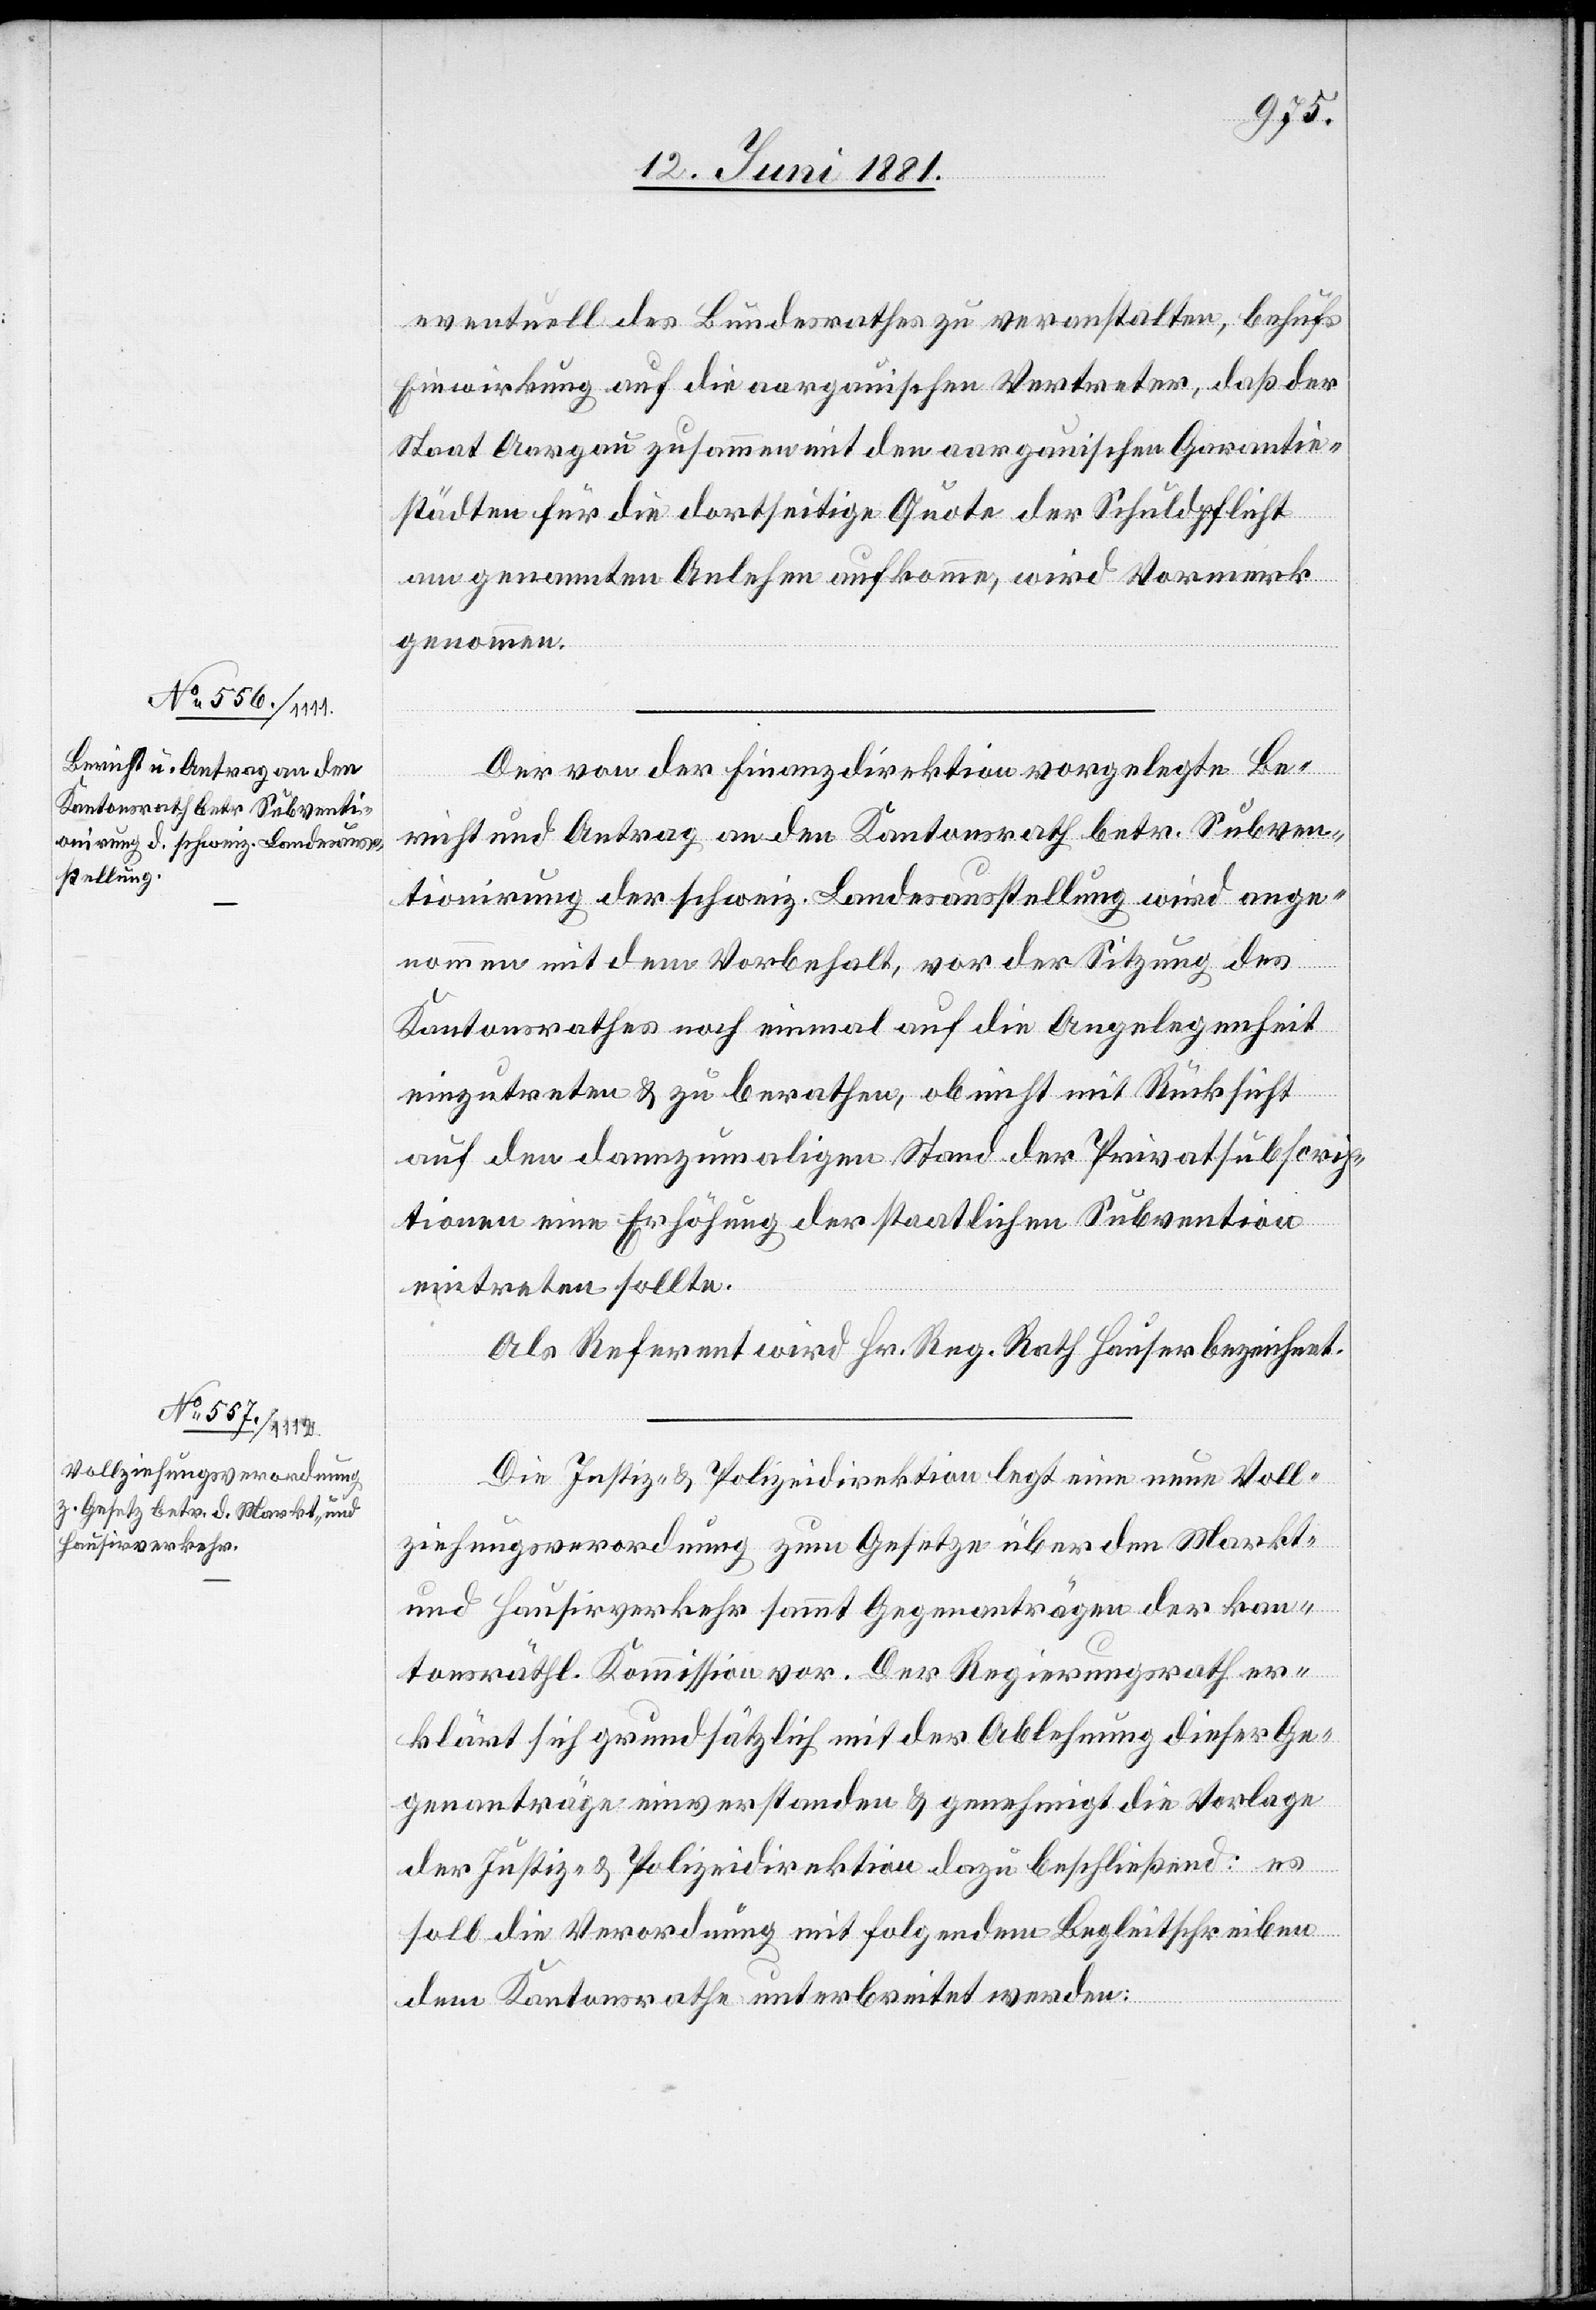
Kantonsrath betr. Subventi¬

eventuell des Bundesrathes zu veranstalten, behufs
Einwirkung auf die aargauischen Vertreter, daß der
Staat Aargau zusammen mit den aargauischen Garantie¬
städten für die dortseitige Quote der Schuldpflicht
weiz.
am genannten Anlehen aufkomme, wird Vormerk
genommen.
Der von der Finanzdirektion vorgelegte Be¬
richt und Antrag an den Kantonsrath betr. Subven¬
onirung der schweiz. Landesausstellung wird ange¬
nommen mit dem Vorbehalt, vor der Sitzung des
Kantonsrathes noch einmal auf die Angelegenheit
einzutreten & zu berathen, ob nicht mit Rücksicht
auf den dannzumaligen Stand der Privatsubscrip¬
tionen eine Erhörung der staatlichen Subvention
eintreten sollte.
Als Referent wird Hr. Reg. Rath Hauser bezeichnet.
Die Justiz- & Polizeidirektion legt eine neue Voll¬
ziehungsverordnung zum Gesetze über den Markt-
und Hausirverkehr sammt Gegenanträgen der kan¬
tonsräthl. Kommission vor. Der Regierungsrath er¬
klärt sich grundsätzlich mit der Ablehnung dieser Ge¬
genanträge einverstanden & genehmigt die Vorlage
der Justiz- & Polizeidirektion dazu beschließend: es
soll die Verordnung mit folgendem Begleitschreiben
dem Kantonsrathe unterbreitet werden: